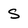
Character: S